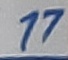
Text: 17